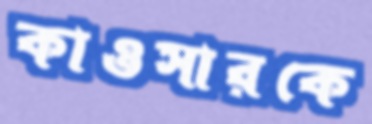
কাওসারকে